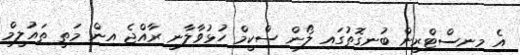
އެ މިނިސްޓްރީން ބުނިގޮތުގައި ލޯން ސްކީމް ހުޅުވާލާނީ ރާއްޖެ އިން މަތީ ތައުލީމް